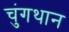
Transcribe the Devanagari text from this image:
चुंगथान